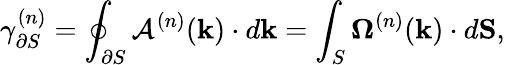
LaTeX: \gamma_{\partial S}^{(n)}=\oint_{\partial S}\mathcal{A}^{(n)}(\mathbf{k})\cdot d\mathbf{k}=\int_{S}{\mathbf{\Omega}^{(n)}}(\mathbf{k})\cdot d\mathbf{S},